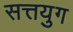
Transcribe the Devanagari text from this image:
सत्तयुग